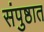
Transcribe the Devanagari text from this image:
संपुष्ठात